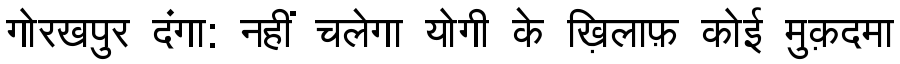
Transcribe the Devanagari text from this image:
गोरखपुर दंगा: नहीं चलेगा योगी के ख़िलाफ़ कोई मुक़दमा